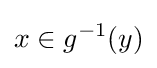
x\in g^{-1}(y)